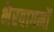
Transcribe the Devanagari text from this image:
भैरवागमों